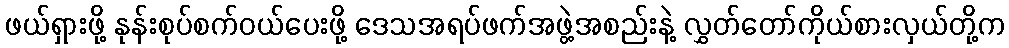
ဖယ်ရှားဖို့ နုန်းစုပ်စက်ဝယ်ပေးဖို့ ဒေသအရပ်ဖက်အဖွဲ့အစည်းနဲ့ လွှတ်တော်ကိုယ်စားလှယ်တို့က